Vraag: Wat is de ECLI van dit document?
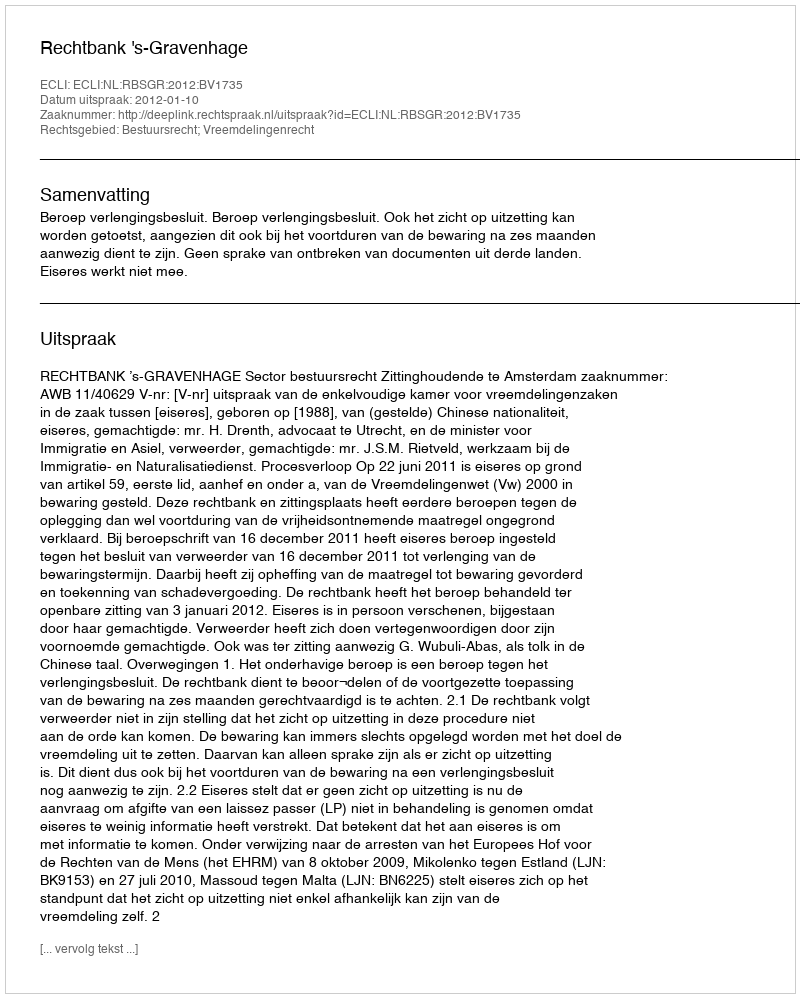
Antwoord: ECLI:NL:RBSGR:2012:BV1735